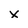
Character: x